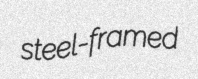
steel-framed